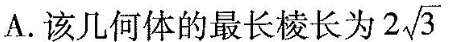
A.该几何体的最长棱长为 2 \sqrt{3}